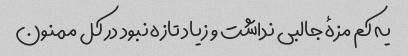
یه کم مزهٔ جالبی نداشت و زیاد تازه نبود در کل ممنون